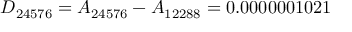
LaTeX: D _ { 2 4 5 7 6 } = A _ { 2 4 5 7 6 } - A _ { 1 2 2 8 8 } = 0 . 0 0 0 0 0 0 1 0 2 1